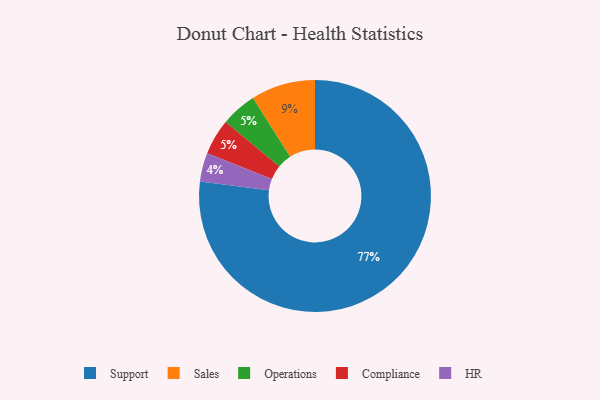
{"axis": {"x": "Category", "y": "Percentage"}, "legend": ["Compliance", "HR", "Operations", "Sales", "Support"], "data": [{"x": "HR", "y": 4, "type": "HR"}, {"x": "Operations", "y": 5, "type": "Operations"}, {"x": "Support", "y": 77, "type": "Support"}, {"x": "Sales", "y": 9, "type": "Sales"}, {"x": "Compliance", "y": 5, "type": "Compliance"}]}